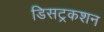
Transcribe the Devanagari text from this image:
डिसट्रकशन